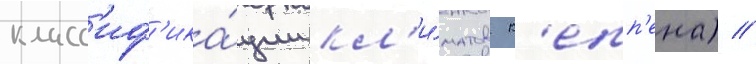
класс'иф'ика́ции кл'и́матов к'епп'ена) //